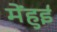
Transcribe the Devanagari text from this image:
मेंहुई